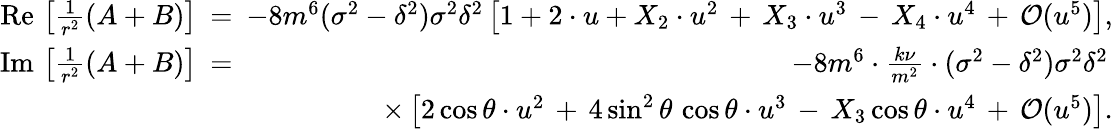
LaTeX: \begin{array}{rlr}{\mathrm{Re}\, \left[\frac{1}{r^{2}}(A+B)\right]\! \! \! }&{=}&{\! \! \! -8m^{6}(\sigma^{2}-\delta^{2})\sigma^{2}\delta^{2}\left[1+2\cdot u+X_{2}\cdot u^{2}\, +\, X_{3}\cdot u^{3}\, -\, X_{4}\cdot u^{4}\, +\, {\cal O}(u^{5})\right],}\\ {\mathrm{Im}\, \left[\frac{1}{r^{2}}(A+B)\right]\! \! \! }&{=}&{\! \! \! -8m^{6}\cdot\frac{k\nu}{m^{2}}\cdot(\sigma^{2}-\delta^{2})\sigma^{2}\delta^{2}\, }\\ &{}&{\times\left[2\cos\theta\cdot u^{2}\, +\, 4\sin^{2}\theta\, \cos\theta\cdot u^{3}\, -\, X_{3}\cos\theta\cdot u^{4}\, +\, {\cal O}(u^{5})\right].}\end{array}